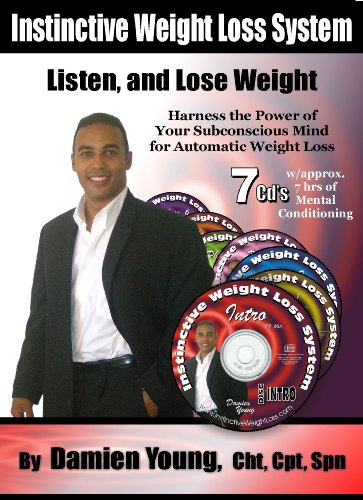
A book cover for The Instinctive Weight Loss System - New, Groundbreaking Weight Loss Product- 7 CD's, Over 7 hours of Hypnosis for Weight Loss and Mind Reconditioning Sold in Over 40 Countries Worldwide; Health, Fitness & Dieting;